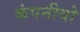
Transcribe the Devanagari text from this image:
कंपनीयो